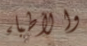
والأطباء